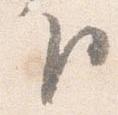
下